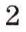
2